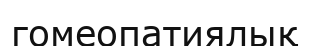
гомеопатиялық